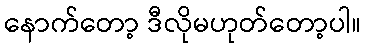
နောက်တော့ ဒီလိုမဟုတ်တော့ပါ။